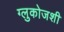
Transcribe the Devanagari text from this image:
ग्लुकोजशी